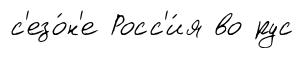
с'езо́н'е Росс'и́я во рус